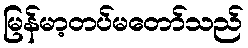
မြန်မာ့တပ်မတော်သည်